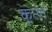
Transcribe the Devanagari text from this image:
कृत्यॉ